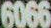
6066